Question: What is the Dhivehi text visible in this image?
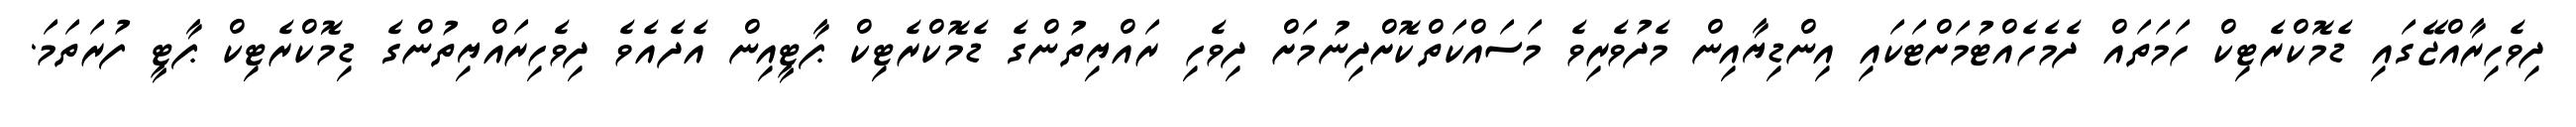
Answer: ދިވެހިރާއްޖޭގައި ޑެމޮކްރެޓިކް ހަމަތައް ދެމެހެއްޓުމަށްޓަކައި އިންޑިޔާއިން މެދުވެރިވެ މަސައްކަތްކޮށްދިނުމަށް ދިވެހި ރައްޔިތުންގެ ޑެމޮކްރެޓިކް ޕާޓީއިން އެދެއެވެ ދިވެހިރައްޔިތުންގެ ޑިމޮކްރެޓިކް ޕާޓީ ފުރަތަމަ.